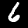
Digit: 6